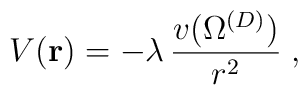
V({\bf r})= - \lambda\,\frac{v ( \Omega^{({D})}  )}{ r^{2} }\;  ,